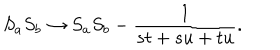
LaTeX: { S _ { a } S _ { b } } \rightarrow S _ { a } S _ { b } - { \frac { 1 } { s t + s u + t u } } .